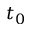
t _ { 0 }